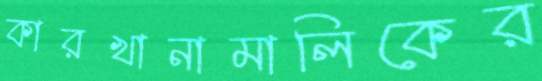
কারখানামালিকের